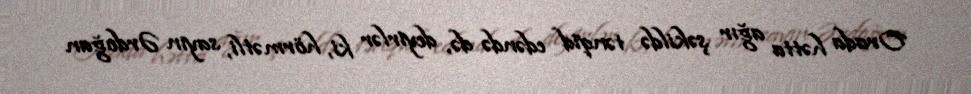
Orada hətta ağır şəkildə tənqid edəndə də, deyirlər ki, hörmətli, sayın Ərdoğan